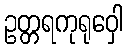
ဥတ္တရကုရုဝှေါ